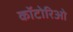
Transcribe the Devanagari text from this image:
कॉटोरिओ